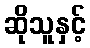
ဆိုသူနှင့်